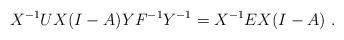
LaTeX: \begin{align*} X^{-1}UX(I-A)YF^{-1}Y^{-1}=X^{-1}EX(I-A) \ . \end{align*}